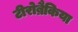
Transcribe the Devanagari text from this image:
टीरोब्रैकिया